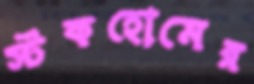
স্টকহোমের